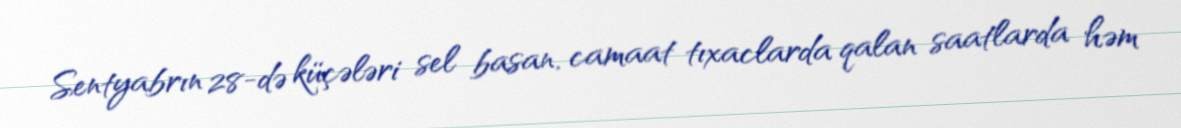
Sentyabrın 28-də küçələri sel basan, camaat tıxaclarda qalan saatlarda həm